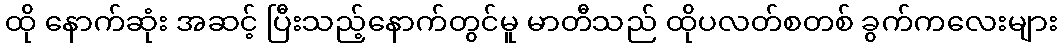
ထို နောက်ဆုံး အဆင့် ပြီးသည့်နောက်တွင်မူ မာတီသည် ထိုပလတ်စတစ် ခွက်ကလေးများ